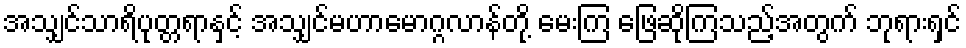
အသျှင်သာရိပုတ္တရာနှင့် အသျှင်မဟာမောဂ္ဂလာန်တို့ မေးကြ ဖြေဆိုကြသည့်အတွက် ဘုရားရှင်